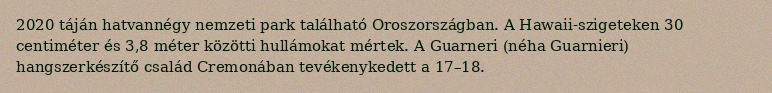
2020 táján hatvannégy nemzeti park található Oroszországban. A Hawaii-szigeteken 30 centiméter és 3,8 méter közötti hullámokat mértek. A Guarneri (néha Guarnieri) hangszerkészítő család Cremonában tevékenykedett a 17–18.